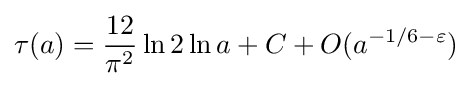
\tau (a)={\frac {12}{\pi ^{2}}}\ln 2\ln a+C+O(a^{-1/6-\varepsilon })